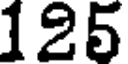
125